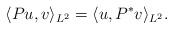
LaTeX: \begin{align*}\langle Pu,v\rangle_{L^2} = \langle u, P^\ast v\rangle_{L^2}.\end{align*}